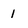
Character: I